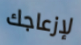
لإزعاجك